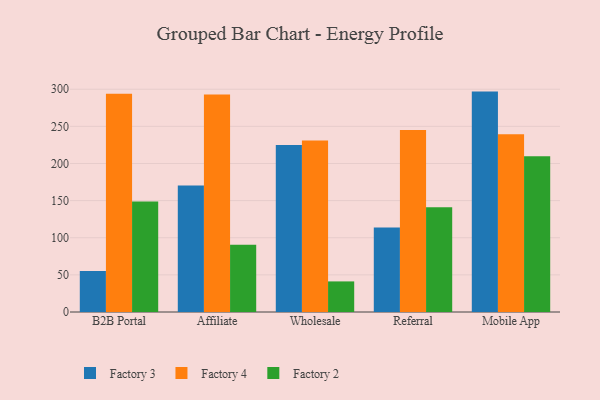
{"axis": {"x": "Channel", "y": "Tickets Resolved"}, "legend": ["Factory 2", "Factory 3", "Factory 4"], "data": [{"x": "B2B Portal", "y": 55.3, "type": "Factory 3"}, {"x": "B2B Portal", "y": 293.9, "type": "Factory 4"}, {"x": "B2B Portal", "y": 148.8, "type": "Factory 2"}, {"x": "Affiliate", "y": 170.3, "type": "Factory 3"}, {"x": "Affiliate", "y": 293.0, "type": "Factory 4"}, {"x": "Affiliate", "y": 90.7, "type": "Factory 2"}, {"x": "Wholesale", "y": 225.0, "type": "Factory 3"}, {"x": "Wholesale", "y": 230.9, "type": "Factory 4"}, {"x": "Wholesale", "y": 41.2, "type": "Factory 2"}, {"x": "Referral", "y": 113.9, "type": "Factory 3"}, {"x": "Referral", "y": 245.1, "type": "Factory 4"}, {"x": "Referral", "y": 140.9, "type": "Factory 2"}, {"x": "Mobile App", "y": 296.8, "type": "Factory 3"}, {"x": "Mobile App", "y": 239.3, "type": "Factory 4"}, {"x": "Mobile App", "y": 209.9, "type": "Factory 2"}]}